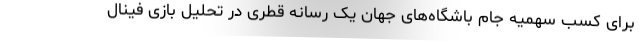
برای کسب سهمیه جام باشگاه‌های جهان یک رسانه قطری در تحلیل بازی فینال